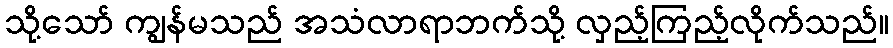
သို့သော် ကျွန်မသည် အသံလာရာဘက်သို့ လှည့်ကြည့်လိုက်သည်။